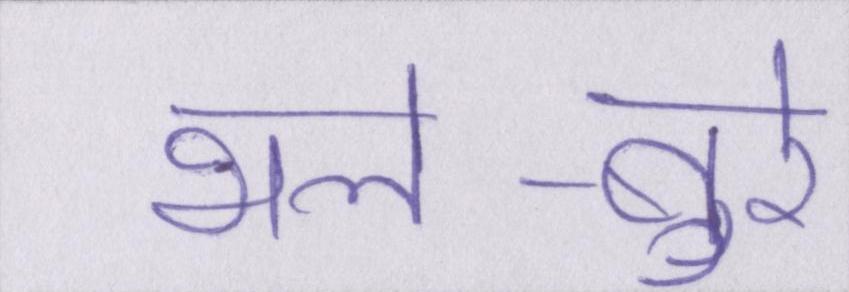
भले-बुरे